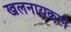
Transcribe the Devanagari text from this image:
खलनायकाने